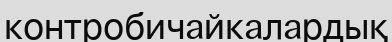
контробичайкалардық